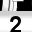
Digit: 2